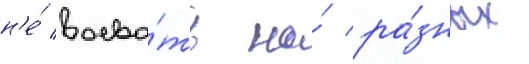
н'е́ воева́ть на́ ра́зных